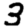
Digit: 3